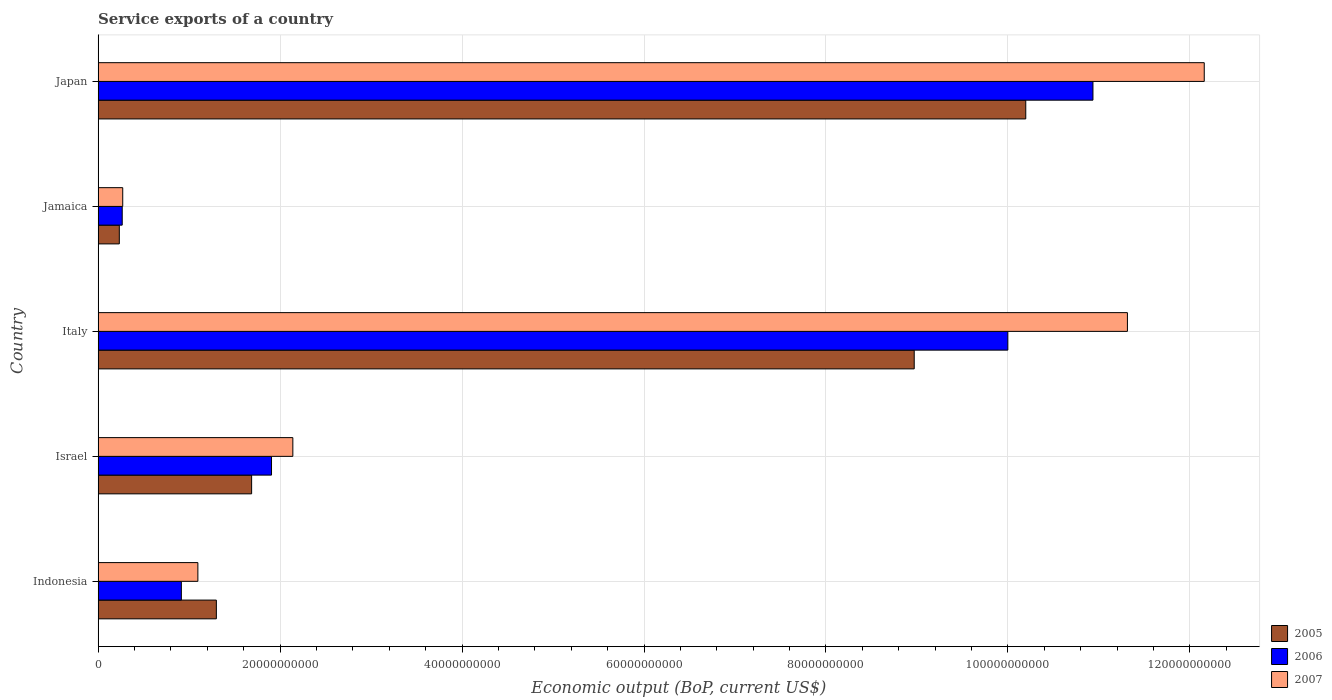
| Country | 2005 | 2006 | 2007 |
 | --- | --- | --- | --- |
 | Indonesia | 1.3e+10 | 9.15e+09 | 1.1e+10 |
 | Israel | 1.69e+10 | 1.91e+10 | 2.14e+10 |
 | Italy | 8.97e+10 | 1e+11 | 1.13e+11 |
 | Jamaica | 2.33e+09 | 2.65e+09 | 2.71e+09 |
 | Japan | 1.02e+11 | 1.09e+11 | 1.22e+11 |